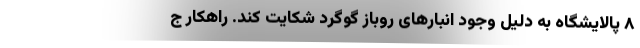
۸ پالایشگاه به دلیل وجود انبارهای روباز گوگرد شکایت کند. راهکار ج